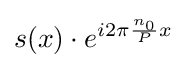
s(x)\cdot e^{i2\pi {\frac {n_{0}}{P}}x}